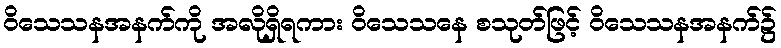
ဝိသေသနအနက်ကို အလိုရှိရကား ဝိသေသနေ စသုတ်ဖြင့် ဝိသေသနအနက်၌